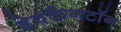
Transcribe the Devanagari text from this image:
डेवकैनटॉन